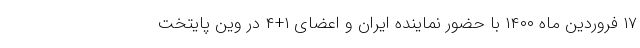
۱۷ فروردین ماه ۱۴۰۰ با حضور نماینده ایران و اعضای ۱+۴ در وین پایتخت